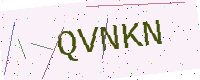
Text: QVNKN